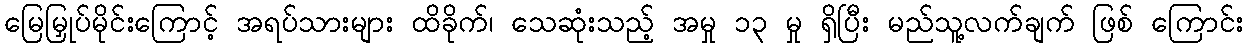
မြေမြှုပ်မိုင်းကြောင့် အရပ်သားများ ထိခိုက်၊ သေဆုံးသည့် အမှု ၁၃ မှု ရှိပြီး မည်သူ့လက်ချက် ဖြစ် ကြောင်း